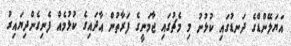
އަޔަލޭންޑްގެ ދަނޑުގައި ކުޅުނު މި މެޗުގައި ޖާމަނީގެ ފަރާތުން އާދައިގެ ކުޅުމެއް ފެނިގެންދިޔައިރު